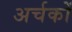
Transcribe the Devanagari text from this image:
अर्चकों